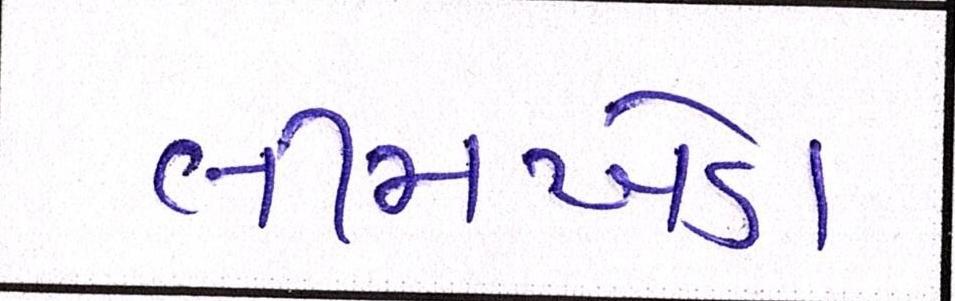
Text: લીમખેડા